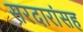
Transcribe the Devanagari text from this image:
सरदारांसह